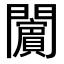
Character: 𨷚